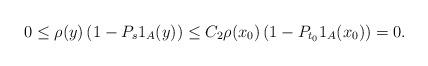
LaTeX: \begin{align*}0 \leq\rho(y) \left(1- P_s 1_{A} (y) \right) \leq C_2 \rho(x_0) \left(1- P_{t_0} 1_{A} (x_0) \right)=0.\end{align*}